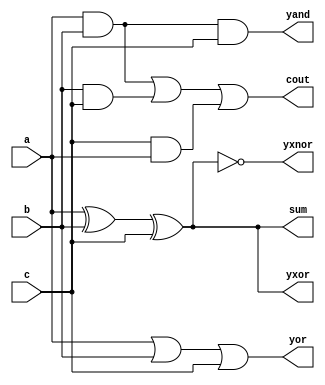
// VERILOGMODULE
module fulladd(sum,cout,yxor,yxnor,yand,yor,a,b,c);
output sum,cout,yxor,yxnor,yand,yor;
input a,b,c;
assign sum = a^b^c;
assign cout = (a&b)|(b&c)|(c&a);
assign yxor = a^b^c;
assign yxnor = ~(a^b^c);
assign yand = a&b&c;
assign yor = a|b|c;
endmodule
// Test bench module
module stimulus();
wire sum,cout,yxor,yxnor,yand,yor;
reg a,b,c;
fulladd g(sum,cout,yxor,yxnor,yand,yor,a,b,c);
task display;
begin
$display (" a= ",a," b= ",b, "c=",c,"sum = " ,sum, "cout =", cout,
" yxor= ",yxor," yxnor= ",yxnor, "yand = ",yand, " yor = ",yor);
end
endtask
initial
begin
a=1'b0;b=1'b0;c=1'b0;#5;display;
a=1'b0;b=1'b0;c=1'b1;#5;display;
a=1'b1;b=1'b1;c=1'b0;#5;display;
a=1'b1;b=1'b1;c=1'b1;#5;display;
a=1'b1;b=1'b0;c=1'b0;#5;display;
a=1'b1;b=1'b0;c=1'b1;#5;display;
a=1'b1;b=1'b1;c=1'b0;#5;display;
a=1'b1;b=1'b1;c=1'b1;#5;display;
end
endmodule